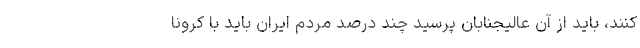
کنند، باید از آن عالیجنابان پرسید چند درصد مردم ایران باید با کرونا